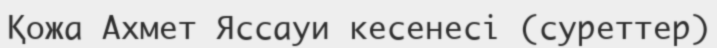
Қожа Ахмет Яссауи кесенесі (суреттер)